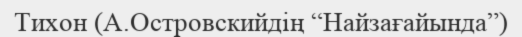
Тихон (А.Островскийдің “Найзағайында”)